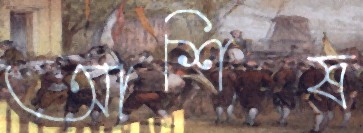
আশিষ